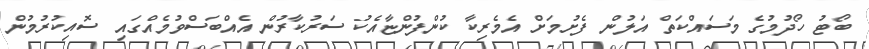
ބޯޓު ހޯދުމުގެ މަސައްކަތް އަލުން ފެށުމަށް އެމެރިކާ ކުންފުންޏާއެކު ސަރުކާރުން އެއްބަސްވުމެއްގައި ސޮއިކުރުމުން